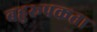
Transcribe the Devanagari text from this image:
बहुरूपकता